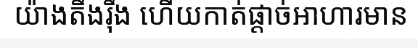
យ៉ាងតឹងរ៉ឹង ហើយកាត់ផ្តាច់អាហារមាន